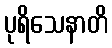
ပုရိသေနာတိ